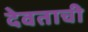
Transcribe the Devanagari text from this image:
देवताची